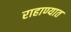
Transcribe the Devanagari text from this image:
राहाण्यात